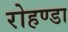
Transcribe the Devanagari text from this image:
रोहण्डा